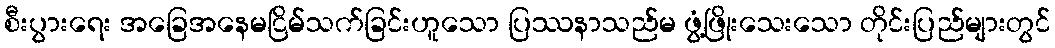
စီးပွားရေး အခြေအနေမငြိမ်သက်ခြင်းဟူသော ပြဿနာသည်မ ဖွံ့ဖြိုးသေးသော တိုင်းပြည်များတွင်